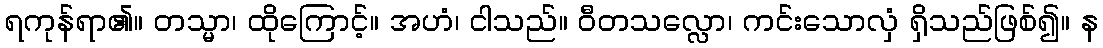
ရကုန်ရာ၏။ တသ္မာ၊ ထိုကြောင့်။ အဟံ၊ ငါသည်။ ဝီတသလ္လော၊ ကင်းသောလှံ ရှိသည်ဖြစ်၍။ န